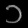
Digit: ၁